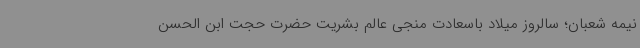
نیمه شعبان؛ سالروز میلاد باسعادت منجی عالم بشریت حضرت حجت ابن الحسن